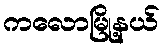
ကလောမြို့နယ်